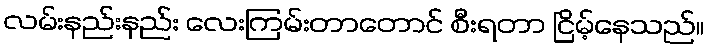
လမ်းနည်းနည်း လေးကြမ်းတာတောင် စီးရတာ ငြိမ့်နေသည်။